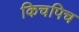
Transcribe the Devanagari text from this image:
किचपिच